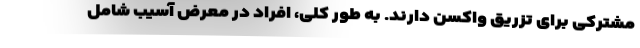
مشترکی برای تزریق واکسن دارند. به طور کلی، افراد در معرض آسیب شامل